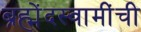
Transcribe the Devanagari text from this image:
ब्रह्मेंदस्वामींची